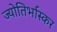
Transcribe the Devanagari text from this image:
ज्योतिर्भास्कर